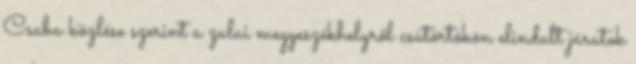
Csaba közlése szerint a zalai megyeszékhelyről csütörtökön elindult járatok